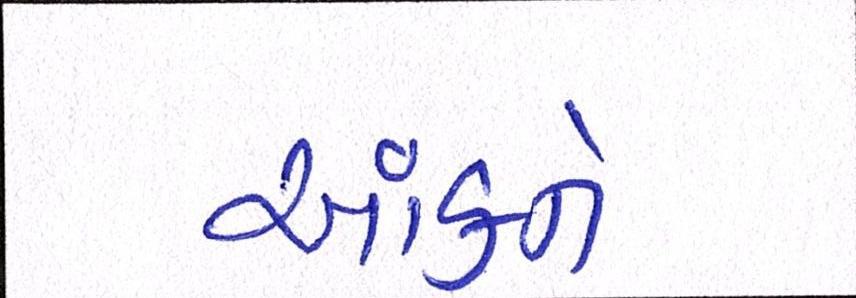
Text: આંકને